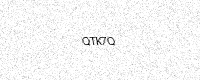
Text: QTK7Q